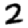
Digit: 2